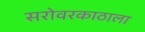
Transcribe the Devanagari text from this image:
सरोवरकाठाला